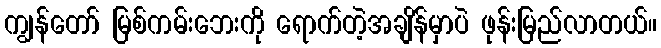
ကျွန်တော် မြစ်ကမ်းဘေးကို ရောက်တဲ့အချိန်မှာပဲ ဖုန်းမြည်လာတယ်။